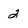
Character: 2